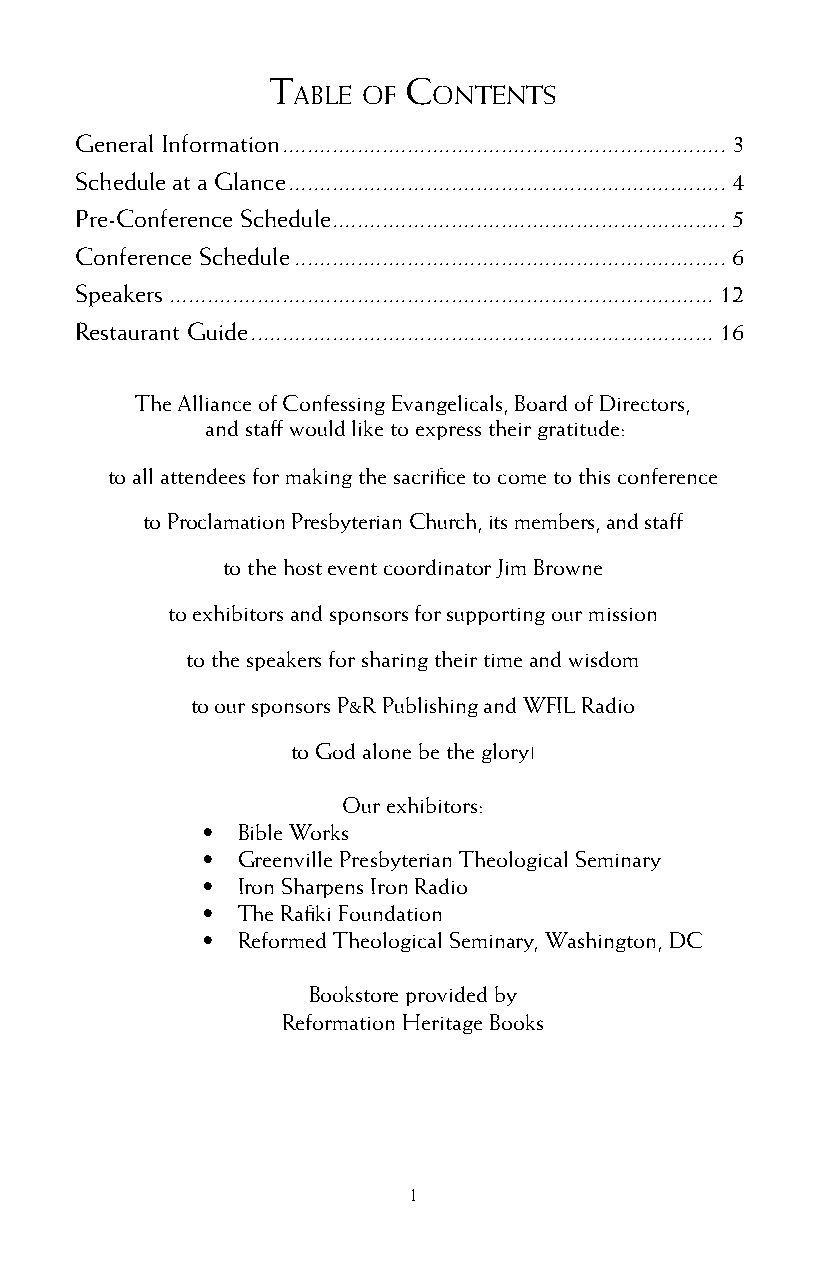
T        C
 able of   onTenTs
 General Information ....................................................................... 3
 Schedule at a Glance ...................................................................... 4
 Pre-Conference Schedule ............................................................... 5
 Conference Schedule ..................................................................... 6
 Speakers ....................................................................................... 12
 Restaurant Guide .......................................................................... 16
 The Alliance of Confessing Evangelicals, Board of Directors,
 and staff would like to express their gratitude:
 to all attendees for making the sacrifice to come to this conference
 to Proclamation Presbyterian Church, its members, and staff
 to the host event coordinator Jim Browne
 to exhibitors and sponsors for supporting our mission
 to the speakers for sharing their time and wisdom
 to our sponsors P&R Publishing and WFIL Radio
 to God alone be the glory!
 Our exhibitors:
 •  Bible Works
 •  Greenville Presbyterian Theological Seminary
 •  Iron Sharpens Iron Radio
 •  The Rafiki Foundation
 •  Reformed Theological Seminary, Washington, DC
 Bookstore provided by
 Reformation Heritage Books
 1